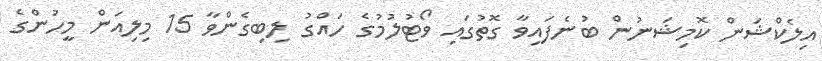
އިލެކްޝަން ކޮމިޝަނުން ބުނެފައިވާ ގޮތުގައި ވޯޓުލުމުގެ ހައްގު ލިބިގެންވާ 15 މިލިއަން މީހުންގެ